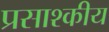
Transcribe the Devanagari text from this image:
प्रसाश्कीय